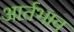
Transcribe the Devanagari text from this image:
आर्तभाव